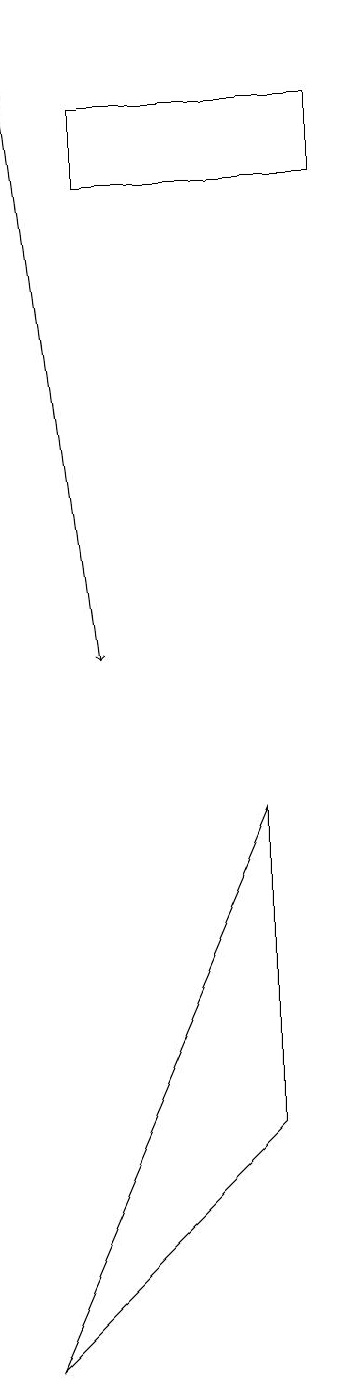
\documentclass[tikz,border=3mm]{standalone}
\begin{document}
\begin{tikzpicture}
\draw[->] (2,18) -- (3,10);
\draw (5,4) -- (5,8) -- (2,1) -- cycle;
\draw (6,16) rectangle (3,17);
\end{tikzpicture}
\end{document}